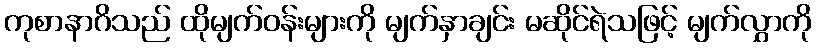
ကုစာနာဂိသည် ထိုမျက်ဝန်းများကို မျက်နှာချင်း မဆိုင်ရဲသဖြင့် မျက်လွှာကို